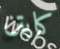
كابتن